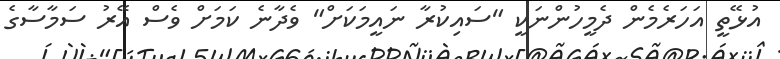
އުޅޭތީ އަހަރެމެން ދެމީހުންނަކީ "ސައިކުރާ ނައީމަކަށް" ވެދާނެ ކަމަށް ވެސް އޭރު ސަމާސާގެ